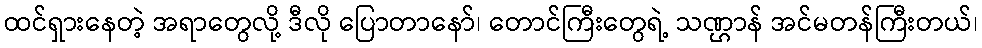
ထင်ရှားနေတဲ့ အရာတွေလို့ ဒီလို ပြောတာနော်၊ တောင်ကြီးတွေရဲ့ သဏ္ဌာန် အင်မတန်ကြီးတယ်၊